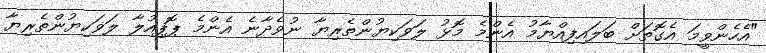
"އެހެންވީމަ އެގޮތަށް ބަލައިފިއްޔާމު އެންމެ މޮޅު ލަވަކިޔުންތެރިޔާ ނުވެދާނެ އެންމެ ޕޮޕިއުލާ ލަވަކިޔުންތެރިޔާ